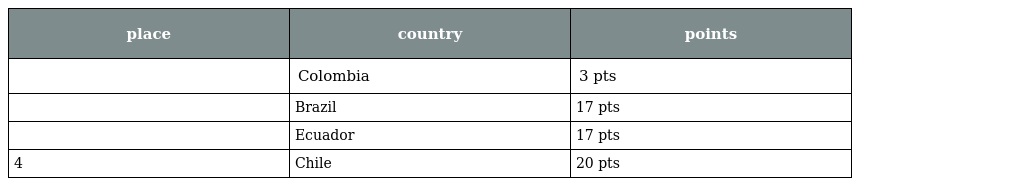
| place | country | points |
 | --- | --- | --- |
 |  | Colombia | 3 pts |
 |  | Brazil | 17 pts |
 |  | Ecuador | 17 pts |
 | 4 | Chile | 20 pts |